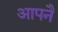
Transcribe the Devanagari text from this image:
आपनै